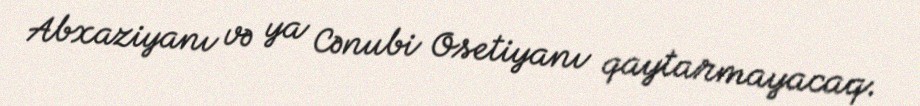
Abxaziyanı və ya Cənubi Osetiyanı qaytarmayacaq.